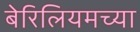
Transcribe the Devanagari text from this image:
बेरिलियमच्या